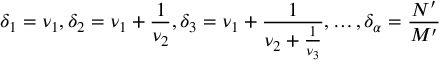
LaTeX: \delta _ { 1 } = \nu _ { 1 } , \delta _ { 2 } = \nu _ { 1 } + \frac { 1 } { \nu _ { 2 } } , \delta _ { 3 } = \nu _ { 1 } + \frac { 1 } { \nu _ { 2 } + \frac { 1 } { \nu _ { 3 } } } , \dots , \delta _ { \alpha } = \frac { N ^ { \prime } } { M ^ { \prime } }